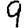
Digit: 9